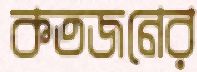
কতজনের